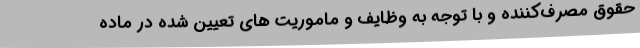
حقوق مصرف‌کننده و با توجه به وظایف و ماموریت های تعیین شده در ماده